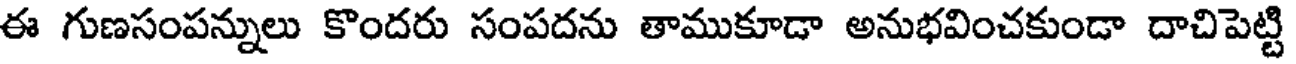
ఈ గుణసంపన్నులు కొందరు సంపదను తాముకూడా అనుభవించకుండా దాచిపెట్టి